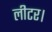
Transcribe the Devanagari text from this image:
लीटर।